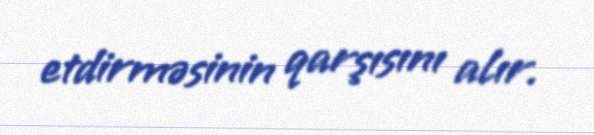
etdirməsinin qarşısını alır.